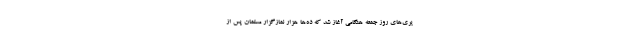
یری‌های روز جمعه هنگامی آغاز شد که ده‌ها هزار نمازگزار مسلمان پس از